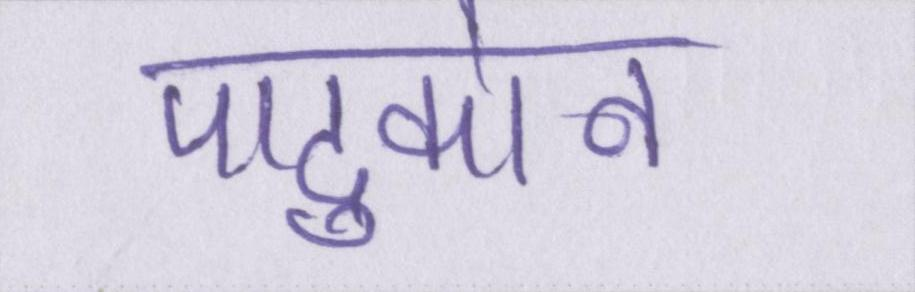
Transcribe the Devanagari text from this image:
पादुकोन